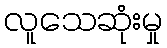
လူသေဆုံးမှု